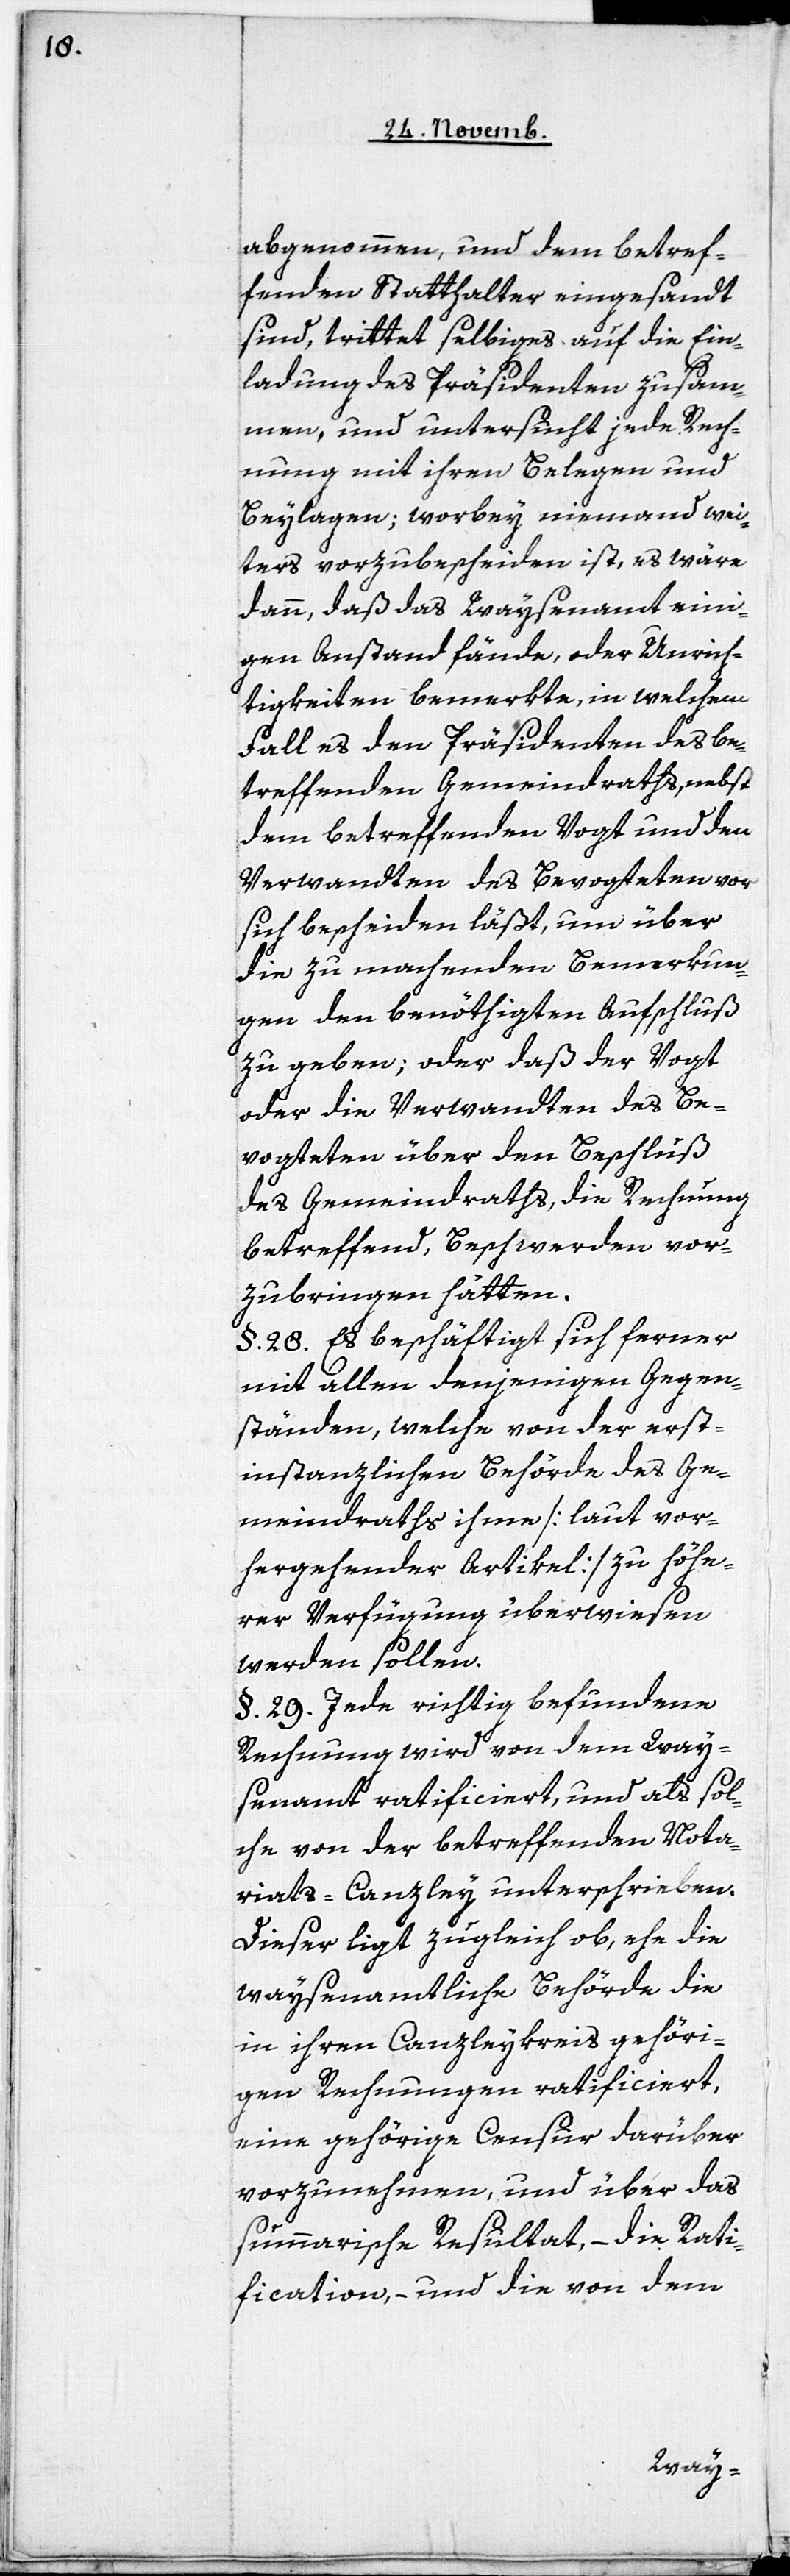
abgenommen, und dem betref¬
fenden Statthalter eingesandt
sind, trittet selbiges auf die Ein¬
ladung des Präsidenten zusam¬
men, und untersucht jede Rech¬
nung mit ihren Belegen und
Beylagen; worbey niemand wei¬
ters vorzubescheiden ist, es wäre
dann, daß das Waysenamt eini¬
gen Anstand fände, oder Unrich¬
tigkeiten bemerkte, in welchem
Fall es den Präsidenten des be¬
treffenden Gemeindraths, nebst
dem betreffenden Vogt und den
Verwandten des Bevogteten vor
sich bescheiden läßt, um über
die zu machenden Bemerkun¬
gen den benöthigten Aufschluß
zu geben; oder daß der Vogt
oder die Verwandten des Be¬
vogteten über den Beschluß
des Gemeindraths , die Rechnung
betreffend, Beschwerden vor¬
zubringen hätten.
§. 28. Es beschäftigt sich ferner
mit allen denjenigen Gegen¬
ständen, welche von der erst¬
instanzlichen Behörde des Ge¬
meindraths ihme [laut vor¬
hergehender Artikel] zu höhe¬
rer Verfügung überwiesen
werden sollen.
§. 29. Jede richtig befundene
Rechnung wird von dem Way¬
senamt ratificiert, und als sol¬
che von der betreffenden Nota¬
riats-Canzley unterschrieben.
Dieser ligt zugleich ob, ehe die
waysenamtliche Behörde die
in ihren Canzleykreis gehöri¬
gen Rechnungen ratificiert,
eine gehörige Censur darüber
vorzunehmen, und über das
summarische Resultat, – die Rati¬
fication, – und die von dem